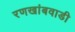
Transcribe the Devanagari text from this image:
रणखांबवाडी